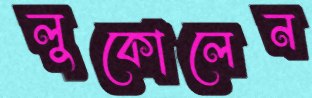
লুকোলেন